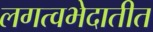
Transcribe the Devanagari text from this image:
लगत्वभेदातीत